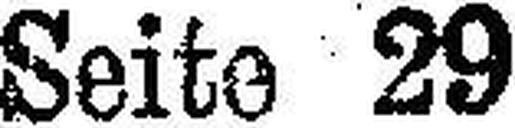
Seite 29